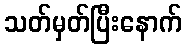
သတ်မှတ်ပြီးနောက်